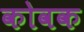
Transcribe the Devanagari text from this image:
कोवक